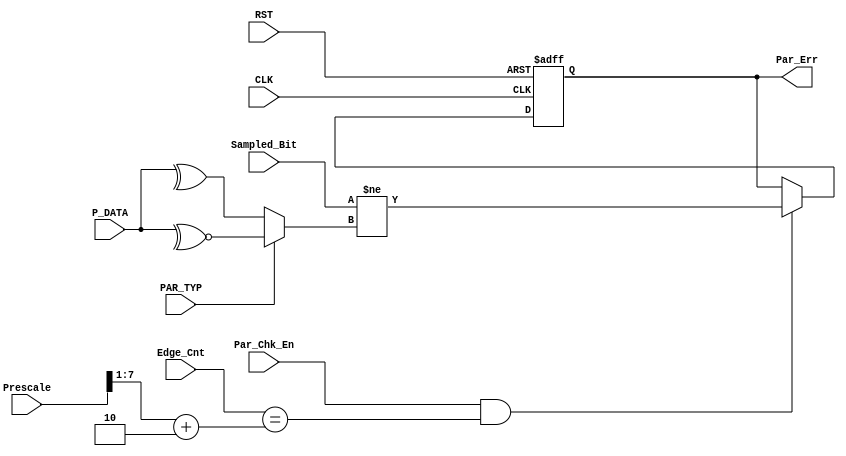
module UART_Rx_ParChk (
    input       wire                     Par_Chk_En,
    input       wire                     Sampled_Bit,
    input       wire        [7:0]        P_DATA,
    input       wire                     PAR_TYP,
    input       wire        [7:0]        Prescale,
    input       wire        [7:0]        Edge_Cnt,
    input       wire                     CLK,  
    input       wire                     RST,
    output      reg                      Par_Err
);

reg    Calculated_Parity;


always @ (posedge CLK or negedge RST)
    begin
        if (!RST)
            Par_Err <= 0;
        else    
            begin
                if (Par_Chk_En && (Edge_Cnt == ((Prescale >> 1) + 2)))
                    begin
                        Par_Err <= (Sampled_Bit != Calculated_Parity);
                    end
            end
    end


always @ (*)
    begin
        if (!PAR_TYP)
            Calculated_Parity = ^P_DATA;
        else
            Calculated_Parity = ~^P_DATA;
    end



endmodule